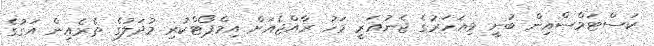
ކަސްޓަމްސްއިން ބުނީ މިއަހަރުގެ ޖެނުއަރީ މަހު ރާއްޖެއަށް އިމްޕޯޓްކުރި މުދަލުގެ ތެރެއިން އަގުގެ